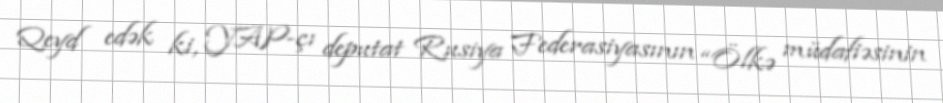
Qeyd edək ki, YAP-çı deputat Rusiya Federasiyasının “Ölkə müdafiəsinin